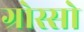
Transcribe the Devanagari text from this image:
ग्रोस्सो